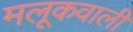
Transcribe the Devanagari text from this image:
मलूकवाली